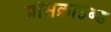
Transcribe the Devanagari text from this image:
प्रॉसक्राइब्ड